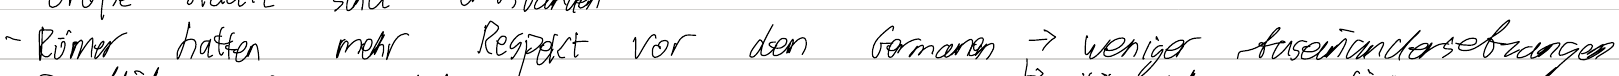
- Römer haltern mehr Respekt vor den Germanen -> weniger Auseinandersetzungen